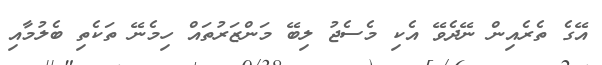
އޭގެ ތެރެއިން ނޭދެވޭ އެކި މެސެޖު ލިބޭ މަންޒަރުތައް ހިމެނޭ ތަކެތި ބެލުމާއި